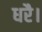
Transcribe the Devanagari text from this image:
धरै।